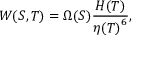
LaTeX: { W ( S , T ) = { \Omega ( S ) { \frac { H ( T ) } { { \eta ( T ) } ^ { 6 } } } } } ,